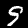
Label: 9